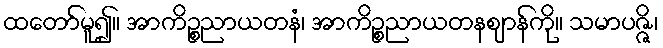
ထတော်မူ၍။ အာကိဉ္စညာယတနံ၊ အာကိဉ္စညာယတနဈာန်ကို။ သမာပဇ္ဇိ၊